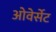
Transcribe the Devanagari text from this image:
ओवेर्सेट